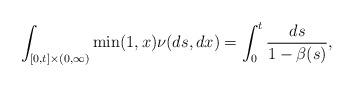
LaTeX: \begin{align*}\int_{[0,t]\times(0,\infty)}\min(1,x)\nu(ds,dx)=\int_0^t\frac{ds}{1-\beta(s)},\end{align*}